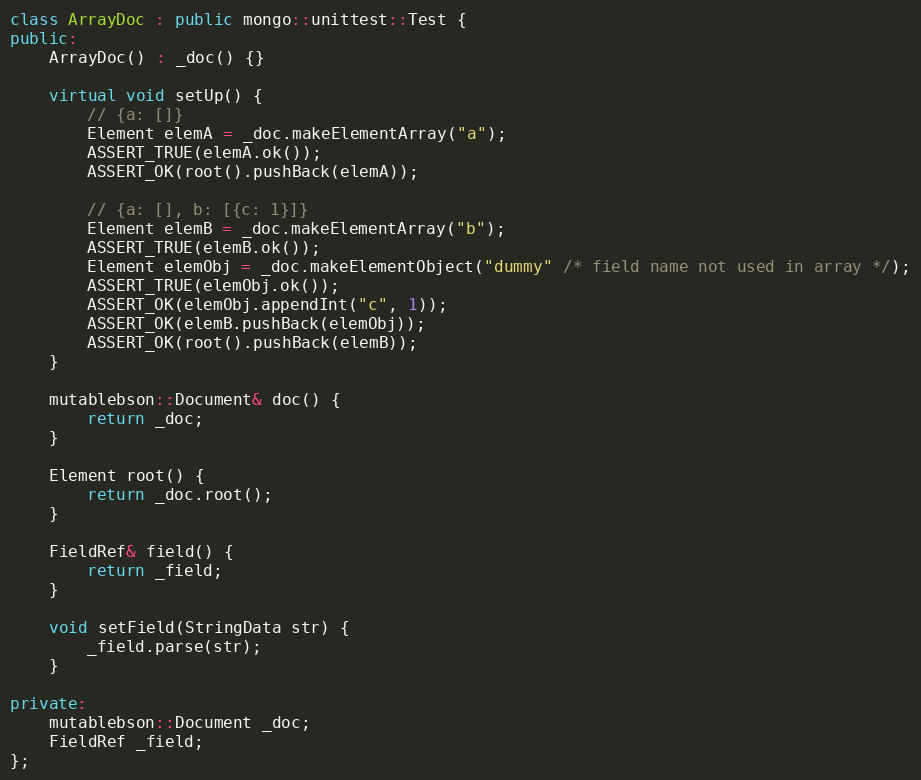
Language: C++
class ArrayDoc : public mongo::unittest::Test {
public:
    ArrayDoc() : _doc() {}

    virtual void setUp() {
        // {a: []}
        Element elemA = _doc.makeElementArray("a");
        ASSERT_TRUE(elemA.ok());
        ASSERT_OK(root().pushBack(elemA));

        // {a: [], b: [{c: 1}]}
        Element elemB = _doc.makeElementArray("b");
        ASSERT_TRUE(elemB.ok());
        Element elemObj = _doc.makeElementObject("dummy" /* field name not used in array */);
        ASSERT_TRUE(elemObj.ok());
        ASSERT_OK(elemObj.appendInt("c", 1));
        ASSERT_OK(elemB.pushBack(elemObj));
        ASSERT_OK(root().pushBack(elemB));
    }

    mutablebson::Document& doc() {
        return _doc;
    }

    Element root() {
        return _doc.root();
    }

    FieldRef& field() {
        return _field;
    }

    void setField(StringData str) {
        _field.parse(str);
    }

private:
    mutablebson::Document _doc;
    FieldRef _field;
};